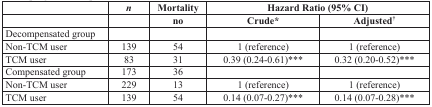
<table><thead><tr><td></td><td><b><i>n</i></b></td><td><b>Mortality</b></td><td colspan="2"><b>Hazard Ratio (95% CI)</b></td></tr><tr><td></td><td></td><td><b>no</b></td><td><b>Crude<sup>*</sup></b></td><td><b>Adjusted<sup>†</sup></b></td></tr></thead><tbody><tr><td>Decompensated group</td><td></td><td></td><td></td><td></td></tr><tr><td>Non-TCM user</td><td>139</td><td>54</td><td>1 (reference)</td><td>1 (reference)</td></tr><tr><td>TCM user</td><td>83</td><td>31</td><td>0.39 (0.24-0.61)<sup>***</sup></td><td>0.32 (0.20-0.52)<sup>***</sup></td></tr><tr><td>Compensated group</td><td>173</td><td>36</td><td></td><td></td></tr><tr><td>Non-TCM user</td><td>229</td><td>13</td><td>1 (reference)</td><td>1 (reference)</td></tr><tr><td>TCM user</td><td>139</td><td>54</td><td>0.14 (0.07-0.27)<sup>***</sup></td><td>0.14 (0.07-0.28)<sup>***</sup></td></tr></tbody></table>